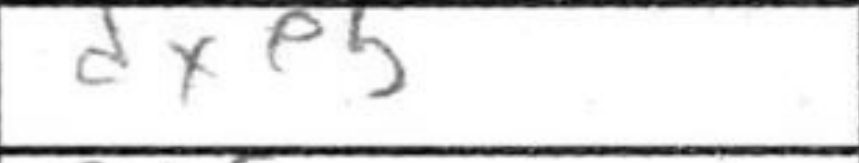
Transcription: dxe5